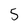
Character: 5